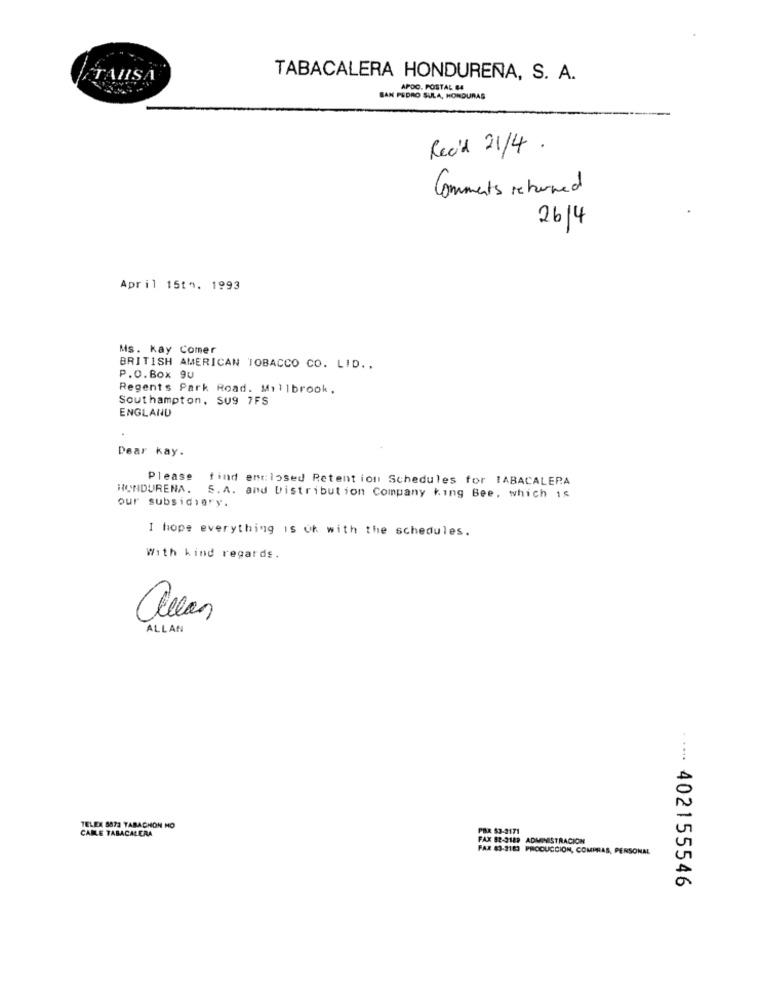
TAHSA
TABACALERA HONDUREÑA, S. A.
APDO. POSTAL 84
SAN PEDRO SULA, HONDURAS
Recid 21/4.
Comments returned
26/4
April 15th. 1993
Ms. kay Comer
BRITISH AMERICAN TOBACCO CO. LID ..
P.O.Box 9u
Regents Park Road. Millbrook.
Southampton, SU9 7FS
ENGLAND
Dear kay.
Please find enclosed Retent ion Schedules for IABACALEPA
HONDURENA.
our subsidiary.
S.A. and Distribution Company King Bee, which is
I hope everything is ok with the schedules.
With kind regards.
allan
ALLAN
TELEX 8872 TABACHON HO
CABLE TABACALERA
PRA 53-3171
FAX 82-3189 ADMINISTRACION
FAR 83-2183 PRODUCCION, COMPRAS, PERSONAL
..... 402155546